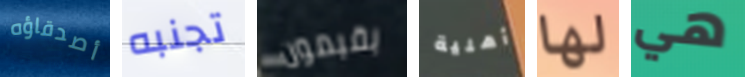
أصدقاؤه تجنبه يقيمون أهلية لها هي